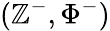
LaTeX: (\mathbb{Z}^{-},\Phi^{-})